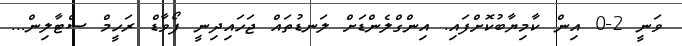
ވަނީ 2-0 އިން ކާމިޔާބުކޮށްފައި. އިންގްލެންޑަށް ލަނޑުތައް ޖަހައިދިނީ ފޯވާޑް ރަހީމް ސްޓާލިން...